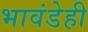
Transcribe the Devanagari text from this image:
भावंडेही